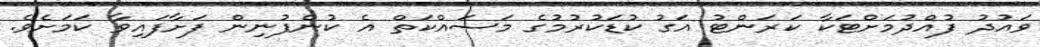
ވައުދު ފުއްދުމަށްޓަކާ ކަރަންޓު އަގު ކުޑަކުރުމުގެ މަސައްކަތް އެ ކުންފުނިން ފަށާފައިވާ ކަމަށެވެ.